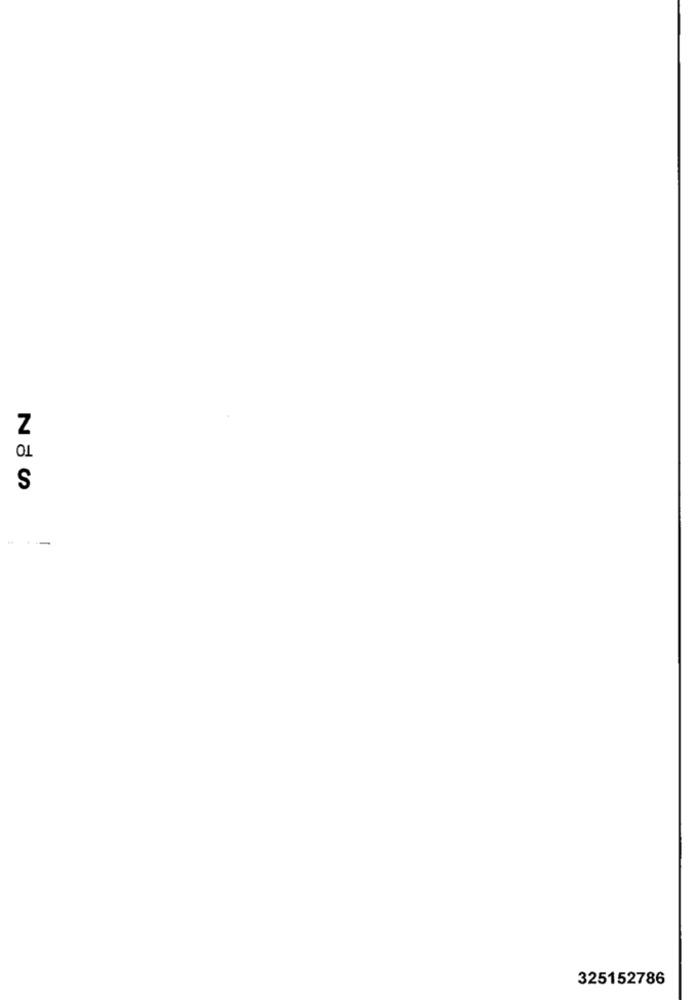
Z
TO
S
325152786